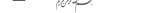
١٠